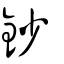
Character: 鈔